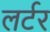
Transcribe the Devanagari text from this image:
लर्टर